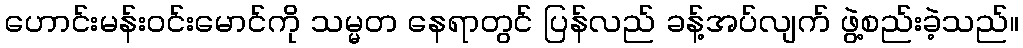
ဟောင်းမန်းဝင်းမောင်ကို သမ္မတ နေရာတွင် ပြန်လည် ခန့်အပ်လျက် ဖွဲ့စည်းခဲ့သည်။